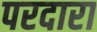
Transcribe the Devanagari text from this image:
परदारा